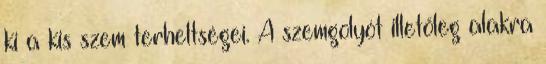
ki a kis szem terheltségei. A szemgolyót illetőleg alakra